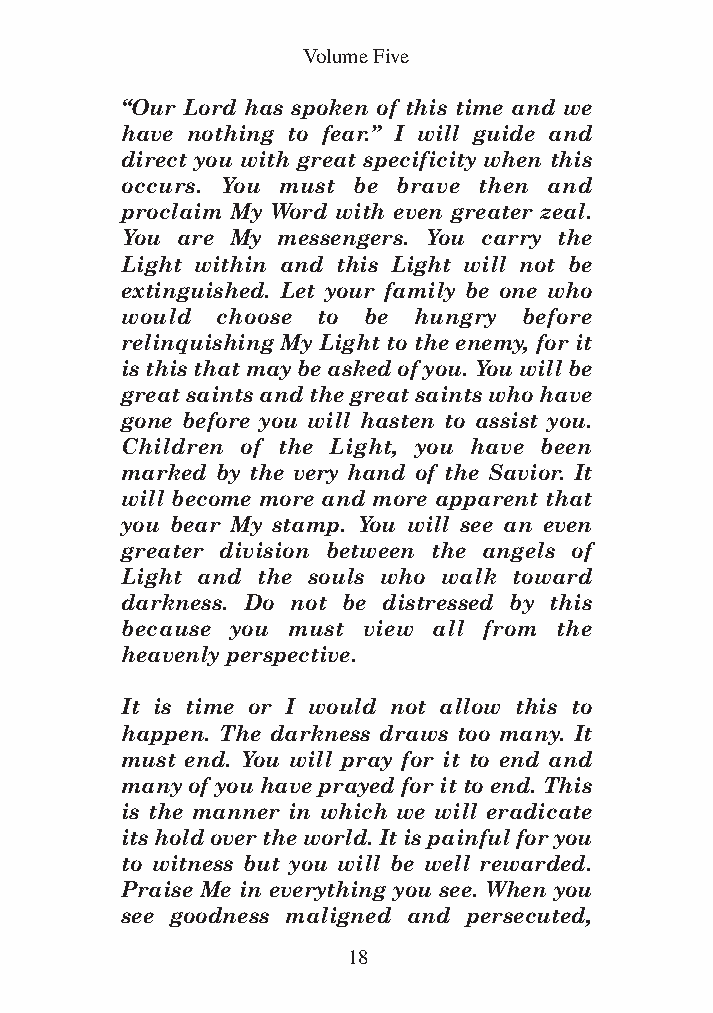
DFOT Vol 5 No App_1 12/3/13 8:54 PM Page 18
 Volume Five
 “Our Lord has spoken of this time and we
 have nothing to fear.” I will guide and
 direct you with great specificity when this
 occurs. You must be brave then and
 proclaim My Word with even greater zeal.
 You are My messengers. You carry the
 Light within and this Light will not be
 extinguished. Let your family be one who
 would choose to be hungry before
 relinquishing My Light to the enemy, for it
 is this that may be asked of you. You will be
 great saints and the great saints who have
 gone before you will hasten to assist you.
 Children of the Light, you have been
 marked by the very hand of the Savior. It
 will become more and more apparent that
 you bear My stamp. You will see an even
 greater division between the angels of
 Light and the souls who walk toward
 darkness. Do not be distressed by this
 because you must view all from the
 heavenly perspective.
 It is time or I would not allow this to
 happen. The darkness draws too many. It
 must end. You will pray for it to end and
 many of you have prayed for it to end. This
 is the manner in which we will eradicate
 its hold over the world. It is painful for you
 to witness but you will be well rewarded.
 Praise Me in everything you see. When you
 see goodness maligned and persecuted,
 18